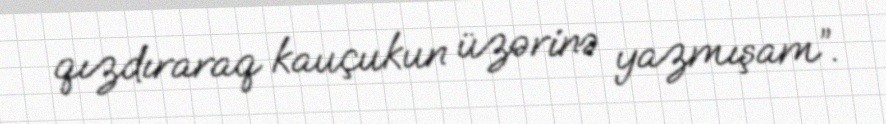
qızdıraraq kauçukun üzərinə yazmışam”.